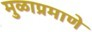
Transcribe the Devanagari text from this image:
मुळाप्रमाणे